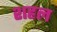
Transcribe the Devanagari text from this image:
शहल